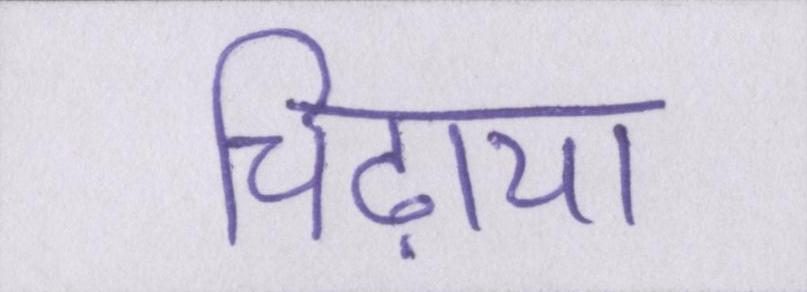
चिढ़ाया